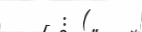
: (